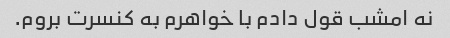
نه امشب قول دادم با خواهرم به کنسرت بروم.